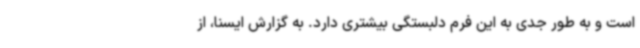
است و به طور جدی به این فرم دلبستگی بیشتری دارد. به گزارش ایسنا، از